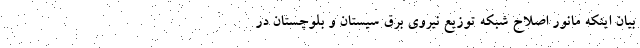
بیان اینکه مانور اصلاح شبکه توزیع نیروی برق سیستان و بلوچستان در